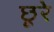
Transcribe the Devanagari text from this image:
छूरे